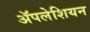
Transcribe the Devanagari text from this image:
ॲपलेशियन